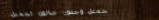
تجميل وجذور: صالون تجميل